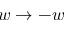
w \to - w